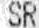
SR